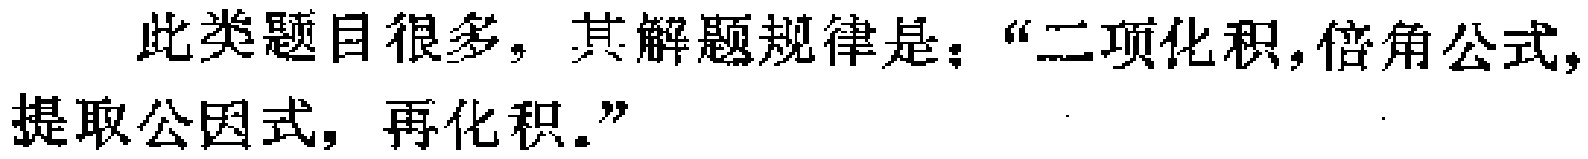
此类题目很多，其解题规律是：“二项化积,倍角公式,提取公因式，再化积.”